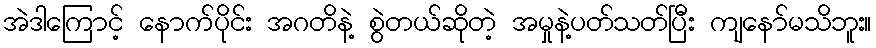
အဲဒါကြောင့် နောက်ပိုင်း အဂတိနဲ့ စွဲတယ်ဆိုတဲ့ အမှုနဲ့ပတ်သတ်ပြီး ကျနော်မသိဘူး။